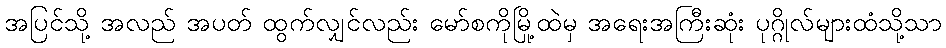
အပြင်သို့ အလည် အပတ် ထွက်လျှင်လည်း မော်စကိုမြို့ထဲမှ အရေးအကြီးဆုံး ပုဂ္ဂိုလ်များထံသို့သာ